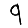
Digit: 9